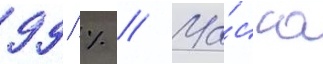
99 % // Ма́сса